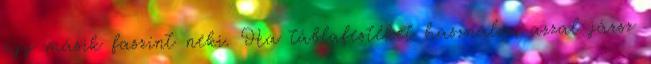
egy másik faszínt neki. Ha táblafestéket használsz, azzal jársz